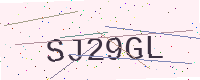
Text: SJ29GL